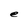
Character: e